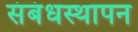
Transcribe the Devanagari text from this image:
संबंधस्थापन